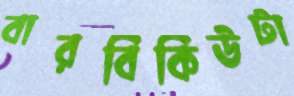
বারবিকিউটা